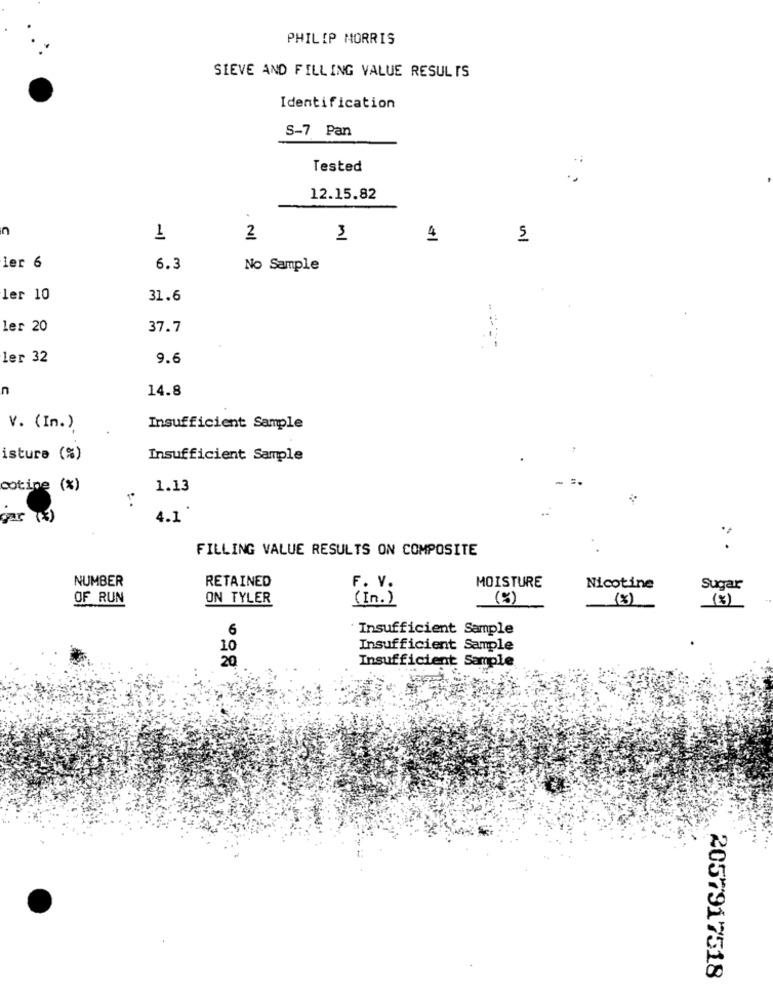
PHILIP MORRIS
SIEVE AND FILLING VALUE RESULTS
Identification
S-7 Pan
Tested
12.15.82
n
1
2
3
5
ler 6
6.3
No Sample
ler 10
31.6
Ler 20
37.7
. 1
Ler 32
9.6
n
14.8
v. (In.)
Insufficient Sample
isture (%)
Insufficient Sample
cotine (%)
1.13
gar (3)
4.1 '
FILLING VALUE RESULTS ON COMPOSITE
NUMBER
RETAINED
MOISTURE
F. V.
Nicotine
Sugar
OF RUN
ON TYLER
( In . )
(%)
(%)
6
Insufficient Sample
10
Insufficient Sample
20
Insufficient Sample
2057917518